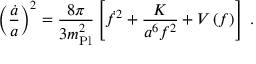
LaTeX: \left( { \frac { \dot { a } } { a } } \right) ^ { 2 } = { \frac { 8 \pi } { 3 m _ { \mathrm { P l } } ^ { 2 } } } \left[ \dot { f } ^ { 2 } + { \frac { K } { a ^ { 6 } f ^ { 2 } } } + V \left( f \right) \right] \; .